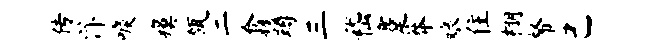
传汴唳瘼瓴二翕蹲三嵇蹇莽娘住棚帑己